Report on vaccination in Madras 1895-1903 - 1895-1903
Year: 1895
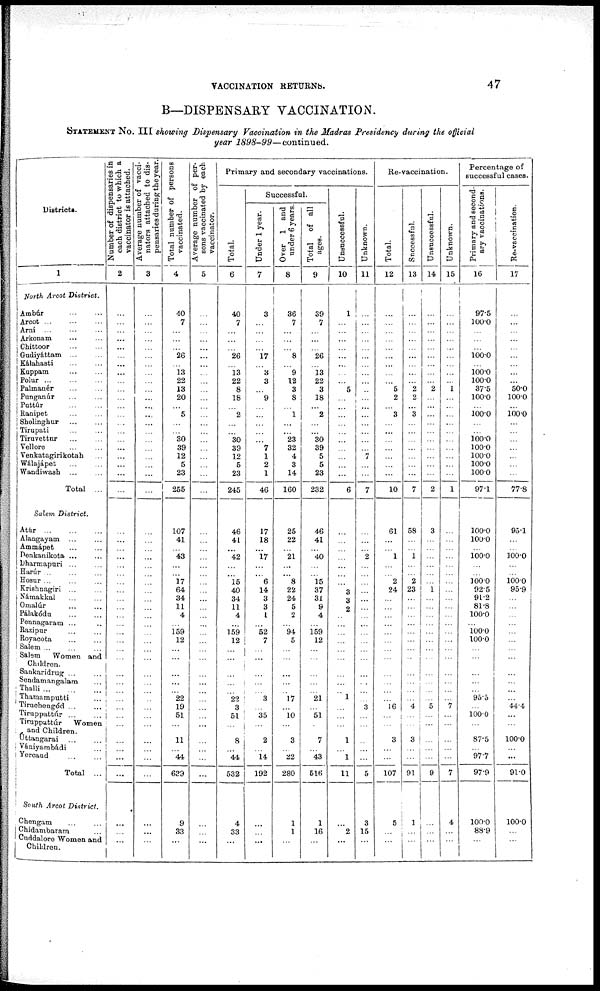
VACCINATION RETURNS.
47
B—DISPENSARY VACCINATION.
STATEMENT No. III showing Dispensary Vaccination in the Madras Presidency during the official
year 1898-99— continued.
Districts.
1
North Arcot District.
Ambúr
...
...
Arcot ... ... ...
Arni ... ... ...
Arkonam ... ...
Chittoor
...
...
Gndiyáttam ... ...
Kálahasti
...
...
Kuppam
...
...
Polur
...
...
...
Palmanér ... ...
Punganúr... ...
Puttúr
...
...
Ranipet ... ...
Sholinghur
...
...
Tirupati ... ...
Tiruvettur ... ...
Vellore ... ...
Venkatagirikotah ...
Wálajápet
...
...
Wandiwash ... ...
Total ...
Salem District.
Atúr
...
...
...
Alangayam ... ...
Ammápet ... ...
Penkanikota ... ...
Dharmpuri ... ...
Harúr ... ... ...
Hosur ... ... ...
Krishnagiri ... ...
Námakkal ... ...
Omalúr
...
...
Pálakódu
...
...
Pennagaram ... ...
Razipur ... ...
Royacota
...
...
Salem ... ... ...
Salem Women and
Children.
Sankaridrug ... ...
Sendamangalam ...
Thalli
...
...
...
Thamamputti ...
Tiruchengód ... ...
Tiruppattúr
...
...
Tiruppattúr Women
and Children.
Úttangarai ... ...
Vániyambádi ...
Yercaud
...
...
Total ...
South Arcot District.
Chengam ... ...
Chidambaram ...
Cuddalore Women and
Children.
Number of dispensaries in
e ach district to which a
vaccinator is attached.
2
...
...
...
...
...
...
...
...
...
...
...
...
...
...
...
...
...
...
...
...
...
...
...
...
...
...
...
...
...
...
...
...
...
...
...
...
...
...
...
...
...
...
...
...
...
...
...
...
...
...
...
Average number of vacci-
nators attached to dis-
pensaries during the year.
3
...
...
...
...
...
...
...
...
...
...
...
...
...
...
...
...
...
...
...
...
...
...
...
...
...
...
...
...
...
...
...
...
...
...
...
...
...
...
...
...
...
...
...
...
...
...
...
...
...
...
...
Total number of persons
vaccinated.
4
40
7
...
...
...
26
...
13
22
13
20
...
5
...
...
30
39
12
5
23
255
107
41
...
43
...
...
17
64
34
11
4
...
159
12
...
...
...
...
...
22
19
51
...
11
...
44
639
9
33
...
Average number of per-
sons vaccinated by each
vaccinator.
5
...
...
...
...
...
...
...
...
...
...
...
...
...
...
...
...
...
...
...
...
...
...
...
...
...
...
...
...
...
...
...
...
...
...
...
...
...
...
...
...
...
...
...
...
...
...
...
...
...
...
...
Primary and secondary vaccinations.
Total.
6
40
7
...
...
...
26
...
13
22
8
18
...
2
...
...
30
39
12
5
23
245
46
41
...
42
...
...
15
40
34
11
4
...
159
12
...
...
...
...
...
22
3
51
...
8
...
44
532
4
33
...
Successful.
Under 1 year.
7
3
...
...
...
...
17
...
3
3
...
9
...
...
...
...
...
...
1
2
1
46
17
18
...
17
...
...
6
14
3
3
1
...
52
7
...
...
...
...
...
3
...
35
...
2
...
14
192
...
...
...
Over 1 and
under 6 years.
8
36
7
...
...
...
8
...
9
12
3
8
...
1
...
...
23
32
4
3
14
160
25
22
...
21
...
...
8
22
24
5
2
...
94
5
...
...
...
...
...
17
...
10
...
3
...
22
280
1
1
...
Total of all
ages.
9
39
7
...
...
...
26
...
13
22
3
18
...
2
...
...
30
39
5
5
23
232
46
41
...
40
...
...
15
37
31
9
4
...
159
12
...
...
...
...
...
21
...
51
...
7
...
43
516
1
16
...
Unsuccessful.
10
1
...
...
...
...
...
...
...
...
5
...
...
...
...
...
...
...
...
...
...
6
...
...
...
...
...
...
...
3
3
2
...
...
...
...
...
...
...
...
...
1
...
...
...
1
...
1
11
...
2
...
Unknown.
11
...
...
...
...
...
...
...
...
...
...
...
...
...
...
...
...
...
7
...
...
7
...
...
...
2
...
...
...
...
...
...
...
...
...
...
...
...
...
...
...
...
3
...
...
...
...
...
5
3
15
...
Re-vaccination.
Total.
12
...
...
...
...
...
...
...
...
...
5
2
...
3
...
...
...
...
...
...
...
10
61
...
...
1
...
...
2
24
...
...
...
...
...
...
...
...
...
...
...
...
16
...
...
3
...
...
107
5
...
...
Successful.
13
...
...
...
...
...
...
...
...
...
2
2
...
3
...
...
...
...
...
...
...
7
58
...
...
1
...
...
2
23
...
...
...
...
...
...
...
...
...
...
...
...
4
...
...
3
...
...
91
1
...
...
Unsuccessful.
14
...
...
...
...
...
...
...
...
...
2
...
...
...
...
...
...
...
...
...
...
2
3
...
...
...
...
...
...
1
...
...
...
...
...
...
...
...
...
...
...
...
5
...
...
...
...
...
9
...
...
...
Unknown.
15
...
...
...
...
...
...
...
...
...
1
...
...
...
...
...
...
...
...
...
...
1
...
...
...
...
...
...
...
...
...
...
...
...
...
...
...
...
...
...
...
...
7
...
...
...
...
...
7
4
...
...
Percentage of
successful cases.
Primary and second-
ary vaccinations.
16
97.5
100.0
...
...
...
100.0
...
100.0
100.0
37.5
100.0
...
100.0
...
...
100.0
100.0
100.0
100.0
100.0
97.1
100.0
100.0
...
100.0
...
...
100.0
92.5
91.2
81.8
100.0
...
100.0
100.0
...
...
...
...
...
95.5
...
100.0
...
87.5
...
97.7
97.9
100.0
88.9
...
Re-vaccination.
17
...
...
...
...
...
...
...
...
...
50.0
100.0
...
100.0
...
...
...
...
...
...
...
77.8
95.1
...
...
100.0
...
...
100.0
95.9
...
...
...
...
...
...
...
...
...
...
...
...
44.4
...
...
100.0
...
...
91.0
100.0
...
...